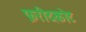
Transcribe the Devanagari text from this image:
फ़रीदकोट